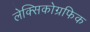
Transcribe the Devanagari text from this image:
लेक्सिकोग्रफिक